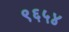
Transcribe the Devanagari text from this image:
९६५४